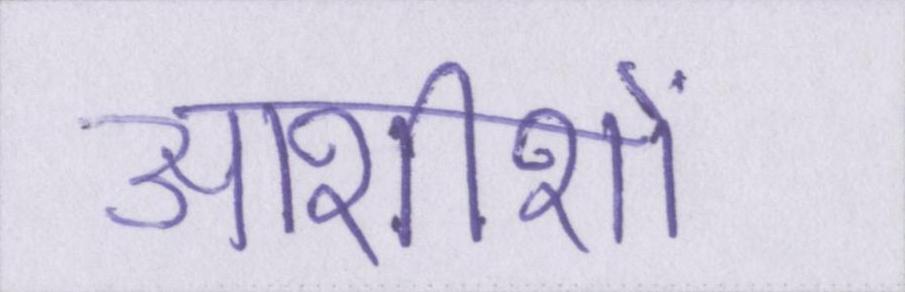
आशीशों